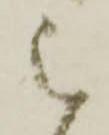
被